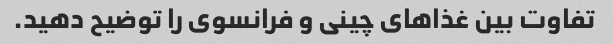
تفاوت بین غذاهای چینی و فرانسوی را توضیح دهید.